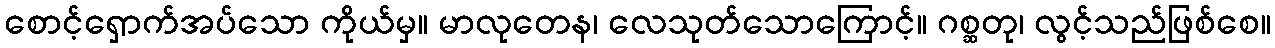
စောင့်ရှောက်အပ်သော ကိုယ်မှ။ မာလုတေန၊ လေသုတ်သောကြောင့်။ ဂစ္ဆတု၊ လွင့်သည်ဖြစ်စေ။